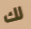
لك